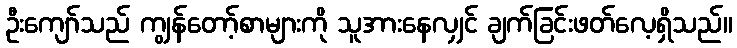
ဦးကျော်သည် ကျွန်တော့်စာများကို သူအားနေလျှင် ချက်ခြင်းဖတ်လေ့ရှိသည်။